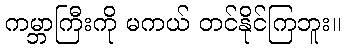
ကမ္ဘာကြီးကို မကယ် တင်နိုင်ကြဘူး။